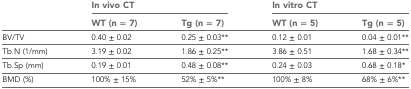
<table><thead><tr><td rowspan="2"></td><td colspan="2"><b>In vivo CT</b></td><td colspan="2"><b>In vitro CT</b></td></tr><tr><td><b>WT (n = 7)</b></td><td><b>Tg (n = 7)</b></td><td><b>WT (n = 5)</b></td><td><b>Tg (n = 5)</b></td></tr></thead><tbody><tr><td>BV/TV</td><td>0.40 ± 0.02</td><td>0.25 ± 0.03**</td><td>0.12 ± 0.01</td><td>0.04 ± 0.01**</td></tr><tr><td>Tb.N (1/mm)</td><td>3.19 ± 0.02</td><td>1.86 ± 0.25**</td><td>3.86 ± 0.51</td><td>1.68 ± 0.34**</td></tr><tr><td>Tb.Sp (mm)</td><td>0.19 ± 0.01</td><td>0.48 ± 0.08**</td><td>0.24 ± 0.03</td><td>0.68 ± 0.18*</td></tr><tr><td>BMD (%)</td><td>100% ± 15%</td><td>52% ± 5%**</td><td>100% ± 8%</td><td>68% ± 6%**</td></tr></tbody></table>